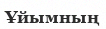
Ұйымның